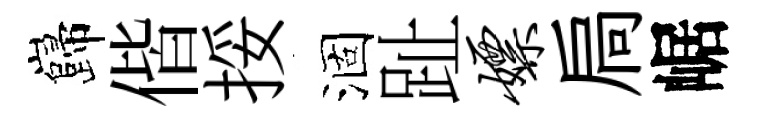
巋偕挼涸趾嫖扃崌